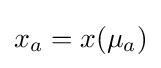
x_{a}=x(\mu _{a})